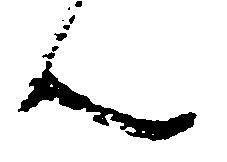
ん